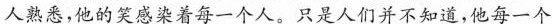
人熟悉，他的笑感染着每一个人。只是人们并不知道，他每一个